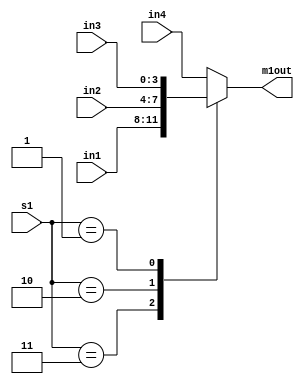
`timescale 1ns / 1ps
//////////////////////////////////////////////////////////////////////////////////
// Company: 
// Engineer: 
// 
// Design Name: 
// Module Name: MUX1
// Project Name: 
// Target Devices: 
// Tool Versions: 
// Description: 
// 
// Dependencies: 
// 
// Revision:
// Revision 0.01 - File Created
// Additional Comments:
// 
//////////////////////////////////////////////////////////////////////////////////


module Calc_MUX1 #(parameter Data_width = 4)(
input [Data_width - 1:0] in1, in2, in3, in4,
input [1:0] s1,
output reg [Data_width - 1:0] m1out 
);

always @ (in1, in2, in3, in4, s1)
begin
        case (s1)
                2'b11:      m1out = in1;
                2'b10:      m1out = in2;
                2'b01:      m1out = in3;
                default:    m1out = in4; // 2'b00
        endcase
end
endmodule